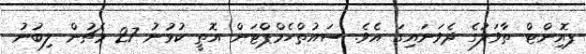
ޕޮއިންޓް ތާވަލުގެ ދެވަނައިގަ އެވެ. ސައުތްހެމްޕްޓަން އޮތީ ކުޅުނު 27 މެޗުން ލިބުނު